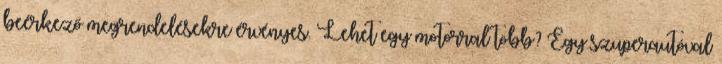
beérkező megrendelésekre érvényes. Lehet egy motorral több? Egy szuperautóval